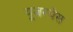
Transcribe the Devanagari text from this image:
यूज़रबेस